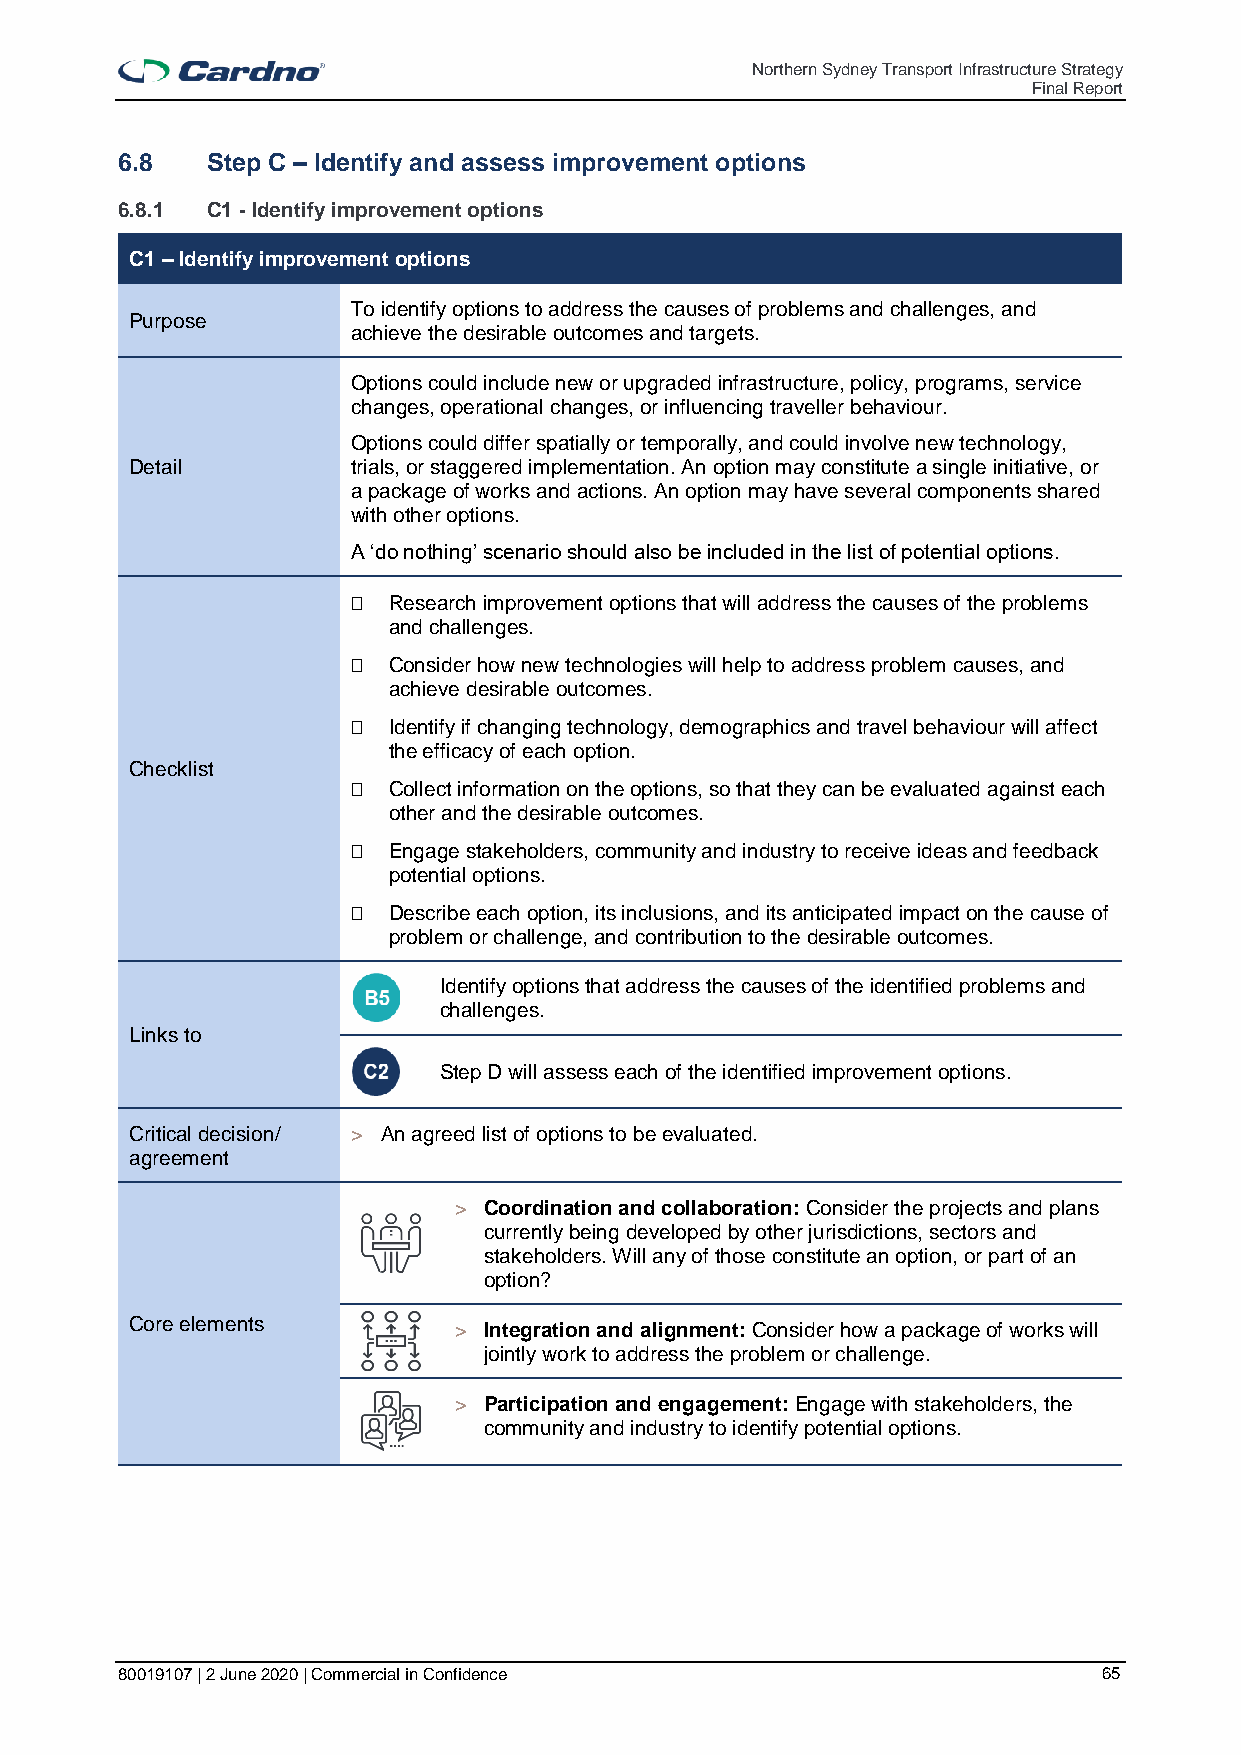
Northern Sydney Transport Infrastructure Strategy
 Final Report
 6.8   Step C – Identify and assess improvement options
 6.8.1 C1 - Identify improvement options
 C1 – Identify improvement options
 To identify options to address the causes of problems and challenges, and
 Purpose
 achieve the desirable outcomes and targets.
 Options could include new or upgraded infrastructure, policy, programs, service
 changes, operational changes, or influencing traveller behaviour.
 Options could differ spatially or temporally, and could involve new technology,
 Detail        trials, or staggered implementation. An option may constitute a single initiative, or
 a package of works and actions. An option may have several components shared
 with other options.
 A ‘do nothing’ scenario should also be included in the list of potential options.
   Research improvement options that will address the causes of the problems
 and challenges.
   Consider how new technologies will help to address problem causes, and
 achieve desirable outcomes.
   Identify if changing technology, demographics and travel behaviour will affect
 the efficacy of each option.
 Checklist
   Collect information on the options, so that they can be evaluated against each
 other and the desirable outcomes.
   Engage stakeholders, community and industry to receive ideas and feedback
 potential options.
   Describe each option, its inclusions, and its anticipated impact on the cause of
 problem or challenge, and contribution to the desirable outcomes.
 Identify options that address the causes of the identified problems and
 challenges.
 Links to
 Step D will assess each of the identified improvement options.
 Critical decision/ > An agreed list of options to be evaluated.
 agreement
 > Coordination and collaboration: Consider the projects and plans
 currently being developed by other jurisdictions, sectors and
 stakeholders. Will any of those constitute an option, or part of an
 option?
 Core elements        > Integration and alignment: Consider how a package of works will
 jointly work to address the problem or challenge.
 > Participation and engagement: Engage with stakeholders, the
 community and industry to identify potential options.
 80019107 | 2 June 2020 | Commercial in Confidence                65